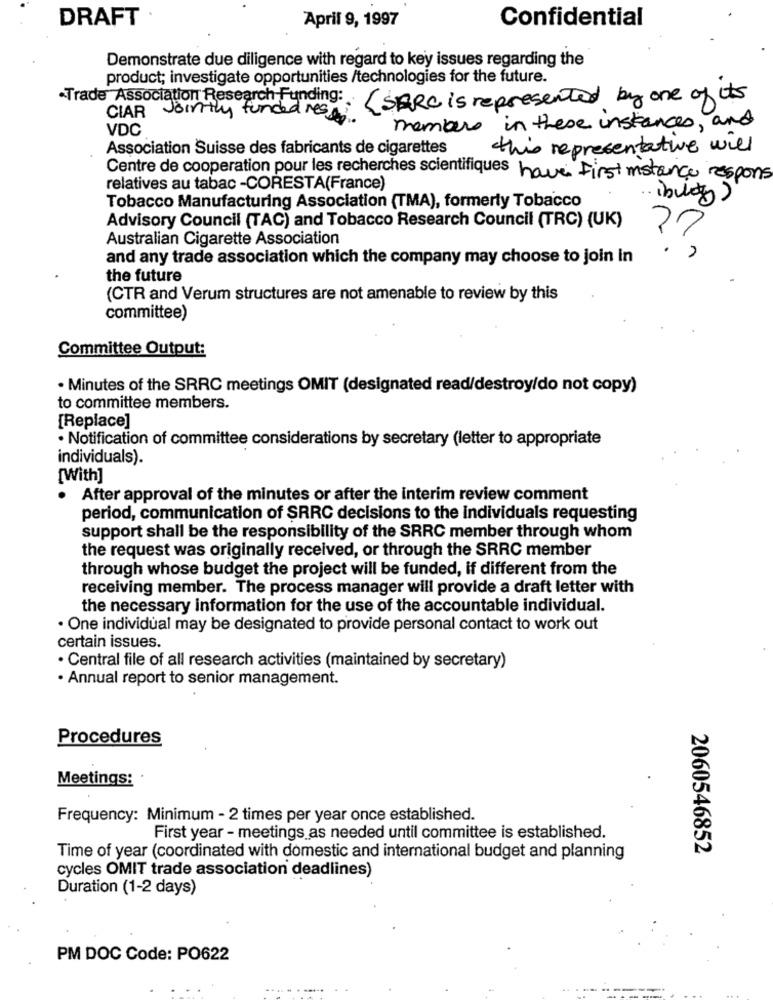
DRAFT
Confidential
April 9, 1997
Demonstrate due diligence with regard to key issues regarding the
product; investigate opportunities /technologies for the future.
.Trade Association Research Funding:
{ SARC is represented by one of its
CIAR
Jointly
una
res
VDC
members in these instances, and
Association Suisse des fabricants de cigarettes
this representative will
Centre de cooperation pour les recherches scientifiques have First instance respons
relatives au tabac -CORESTA(France)
. ibulet )
Tobacco Manufacturing Association (TMA), formerly Tobacco
Advisory Council (TAC) and Tobacco Research Council (TRC) (UK)
Australian Cigarette Association
. ,
and any trade association which the company may choose to join in
the future
(CTR and Verum structures are not amenable to review by this
committee)
Committee Output:
· Minutes of the SRRC meetings OMIT (designated read/destroy/do not copy)
to committee members.
[Replace]
· Notification of committee considerations by secretary (letter to appropriate
individuals).
[With]
. After approval of the minutes or after the interim review comment
period, communication of SRRC decisions to the individuals requesting
support shall be the responsibility of the SRRC member through whom
the request was originally received, or through the SRRC member
through whose budget the project will be funded, if different from the
receiving member. The process manager will provide a draft letter with
the necessary information for the use of the accountable individual.
· One individual may be designated to provide personal contact to work out
certain issues.
· Central file of all research activities (maintained by secretary)
· Annual report to senior management.
Procedures
Meetings:
Frequency: Minimum - 2 times per year once established.
First year - meetings as needed until committee is established.
2060546852
Time of year (coordinated with domestic and international budget and planning
cycles OMIT trade association deadlines)
Duration (1-2 days)
PM DOC Code: PO622